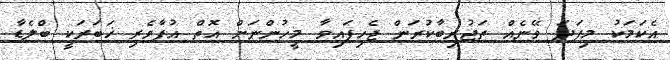
އެކަމަކު މިފަދަ ވޭނެއް ތަޖުރިބާކުރަން ޖެހިފައިވާ މީހުންނަށް އޮތް އުފާވެރި ޚަބަރަކީ ބްލެޑާ